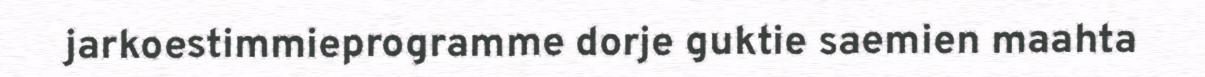
jarkoestimmieprogramme dorje guktie saemien maahta